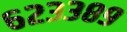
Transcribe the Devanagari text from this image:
६२३३८९